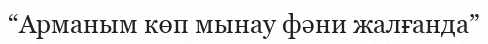
“Арманым көп мынау фәни жалғанда”